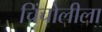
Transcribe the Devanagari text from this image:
चिंचोलीला